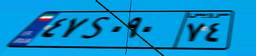
۷۸S۴۵۸۳۹